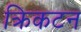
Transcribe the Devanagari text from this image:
क्रिकटन